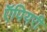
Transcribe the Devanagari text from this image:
ऍपियरी